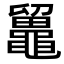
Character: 𪓸